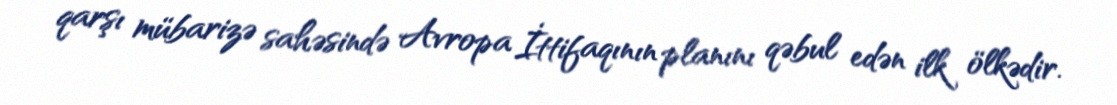
qarşı mübarizə sahəsində Avropa İttifaqının planını qəbul edən ilk ölkədir.